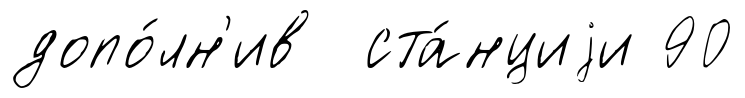
допо́лн'ив ста́нциjи 90